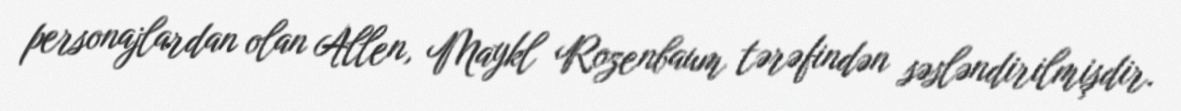
personajlardan olan Allen, Maykl Rozenbaum tərəfindən səsləndirilmişdir.